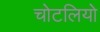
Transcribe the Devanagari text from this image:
चोटलियो